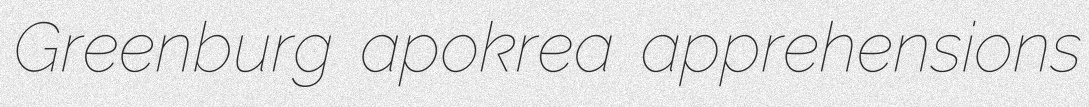
Greenburg apokrea apprehensions